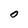
Character: O